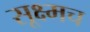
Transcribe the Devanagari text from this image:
सूक्ष्मच